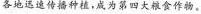
各地送速传播种植，成为第四大粮食作物。